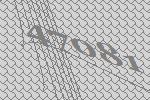
47081